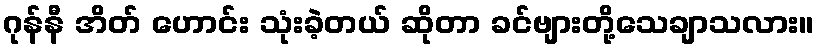
ဂုန်နီ အိတ် ဟောင်း သုံးခဲ့တယ် ဆိုတာ ခင်ဗျားတို့သေချာသလား။